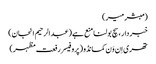
(مبشر میر)
خبر دار ، سچ بولنا منع ہے (عبدالرحیم انجان)
تھری اِن وَن کمانڈو (پروفیسر رفعت مظہر)